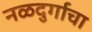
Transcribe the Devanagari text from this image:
नळदुर्गाचा